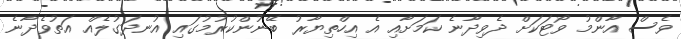
ވެސް އާންމު ވޯޓަކަށް ދެވިދާނެ ކަމަށާއި އެ އިހްތިޔާރު ބޭނުންކުރުމުގައި އުނދަގުލެއް އަތުވެދާނެ